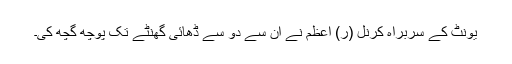
یونٹ کے سربراہ کرنل (ر) اعظم نے ان سے دو سے ڈھائی گھنٹے تک پوچھ گچھ کی۔